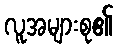
လူအများစု၏